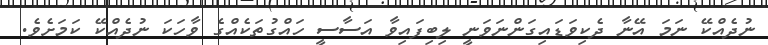
ނުދެއްކޭ ނަމަ އޭނާ ދެކިވަޑައިގަންނަވަނީ ލިބިފައިވާ އަސާސީ ހައްގުތަކެއްގެ ވާހަކަ ނުދެއްކޭ ކަމަށެވެ.